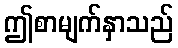
ဤစာမျက်နှာသည်